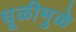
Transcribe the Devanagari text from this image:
धूळीमुळे